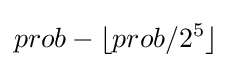
prob-\lfloor prob/2^{5}\rfloor